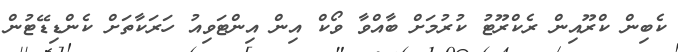
ކެބިން ކްރޫއިން ރެކްރޫޓު ކުރުމަށް ބާއްވާ ވޯކް އިން އިންޓަވިއު ހަރަކާތަށް ކެންޑިޑޭޓުން